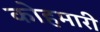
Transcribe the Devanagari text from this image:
कोहमारी